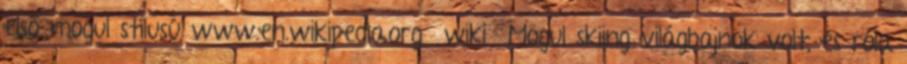
első mogul stílusú www.en.wikipedia.org wiki Mogul skiing világbajnok volt, és róla